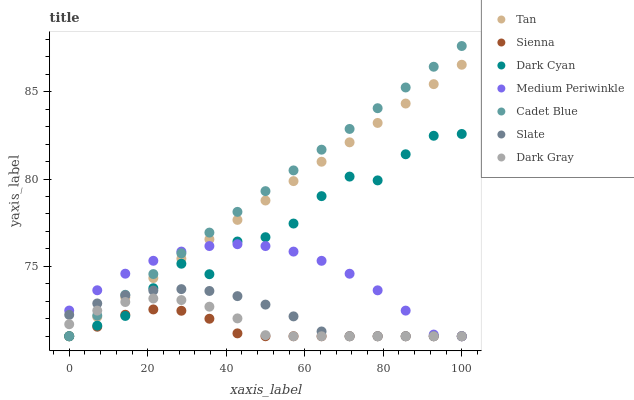
| xaxis_label | Tan | Sienna | Dark Cyan | Medium Periwinkle | Cadet Blue | Slate | Dark Gray |
 | --- | --- | --- | --- | --- | --- | --- | --- |
 | 0 | 71 | 71 | 71 | 72.5 | 71 | 72.2 | 71.7 |
 | 7.14 | 72.1 | 71.5 | 71.6 | 73.6 | 72.2 | 72.9 | 72.5 |
 | 14.3 | 73.2 | 72.2 | 72.2 | 74.6 | 73.4 | 73.3 | 73 |
 | 21.4 | 74.3 | 72.5 | 73.8 | 75.3 | 74.6 | 73.6 | 73.2 |
 | 28.6 | 75.4 | 72.5 | 75.2 | 75.8 | 75.7 | 73.7 | 73.1 |
 | 35.7 | 76.6 | 72 | 74.6 | 76.2 | 76.9 | 73.6 | 72.7 |
 | 42.9 | 77.7 | 71.2 | 76.4 | 76.3 | 78.1 | 73.3 | 72 |
 | 50 | 78.8 | 71 | 76.7 | 76.2 | 79.3 | 72.8 | 71.1 |
 | 57.1 | 79.9 | 71 | 77.5 | 75.8 | 80.5 | 72.1 | 71 |
 | 64.3 | 81 | 71 | 79 | 75.3 | 81.7 | 71.3 | 71 |
 | 71.4 | 82.1 | 71 | 80.1 | 74.6 | 82.9 | 71 | 71 |
 | 78.6 | 83.2 | 71 | 79.9 | 73.6 | 84.1 | 71 | 71 |
 | 85.7 | 84.3 | 71 | 81.4 | 72.5 | 85.2 | 71 | 71 |
 | 92.9 | 85.4 | 71 | 82.5 | 71.1 | 86.4 | 71 | 71 |
 | 100 | 86.5 | 71 | 82.6 | 71 | 87.6 | 71 | 71 |